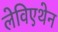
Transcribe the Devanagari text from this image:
लेविएथेन